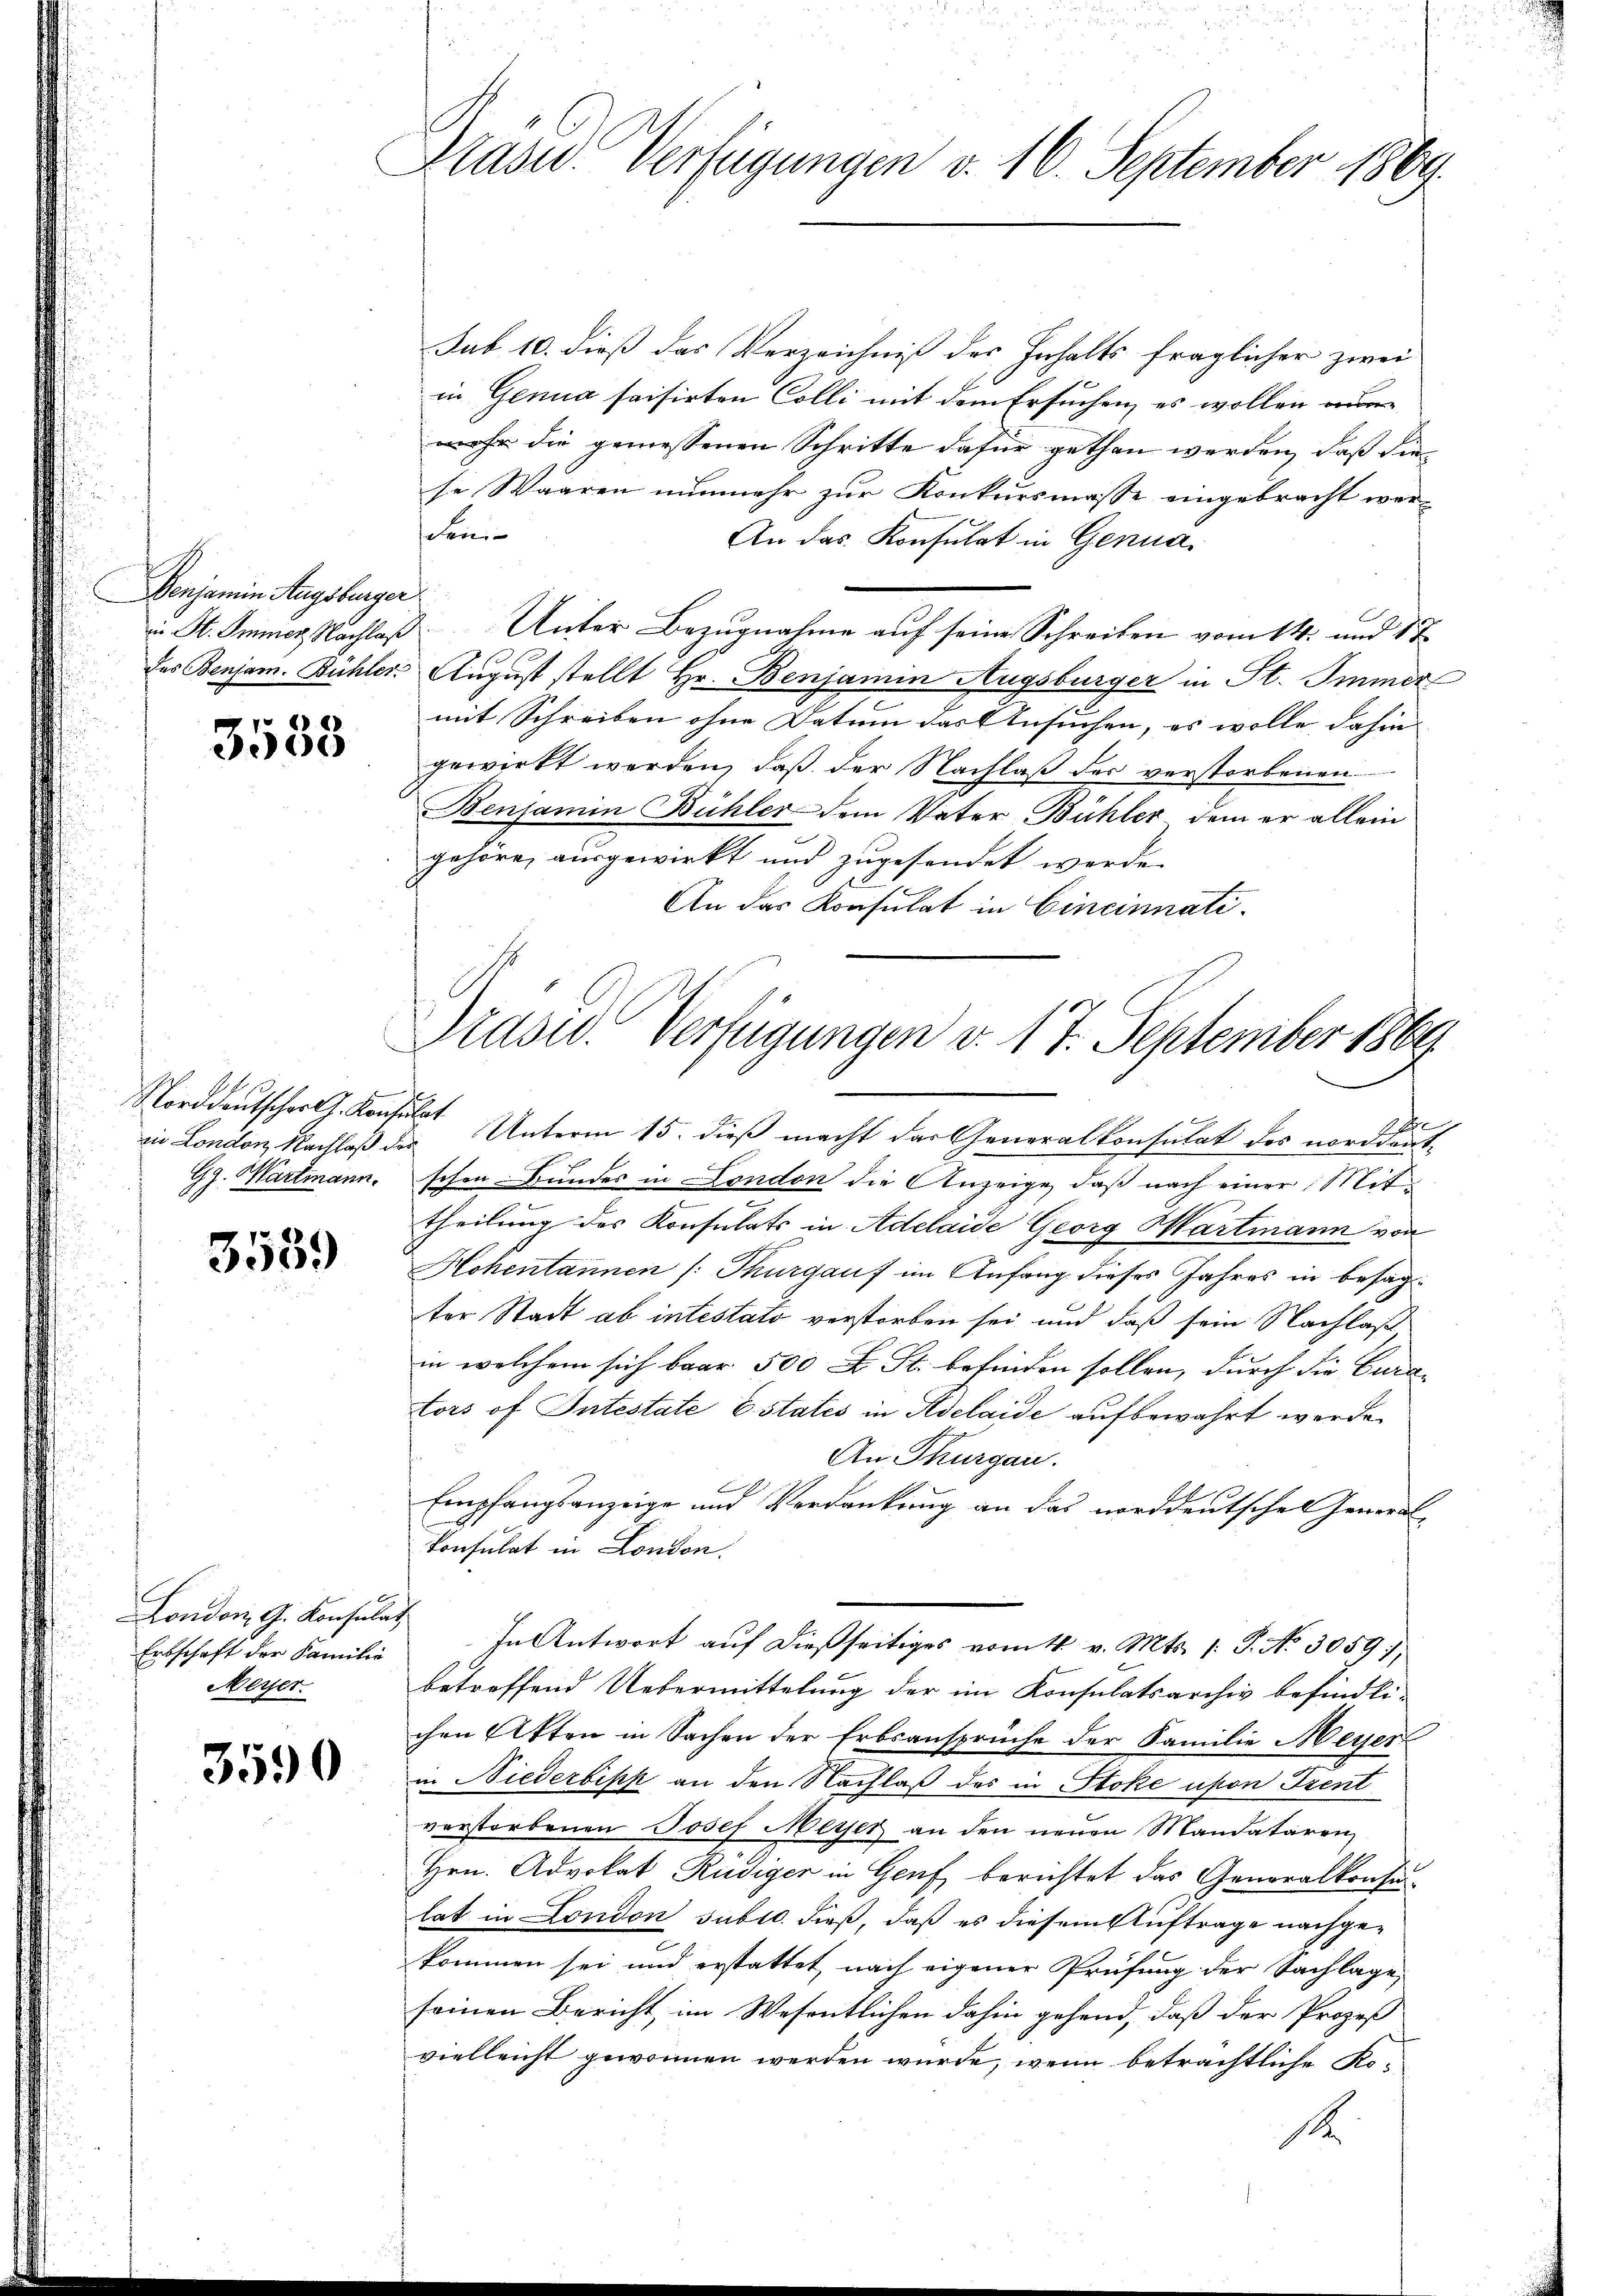
Denjamin Augsburger

7 18)
0

zu London, Nachlaß des

3539

London, G. Konsulat
Erbschaft der Familie
Meyer.

3590

Präsid. Verfügungen d. 16. September 1869.

sub 10. dieß das Verzeichniß des Inhalts fraglicher zwei
in Genua saisirten Colli mit dem Ersuchen, es wollen anmehr die gemessenen Schritte dafür gethan werden, daß die
se Waaren nunmehr zur Konkursmasse eingebracht wer¬
Soni
An das Konsulat in Genua,
in St. Immer Nachlaß Unter Bezugnahme auf seine Schreiben vom 14. und 1 T
des Benjam. Bühler August stellt Hr. Benjamin Augsburger in St. Immer
mit Schreiben ohne Datum das Ansuchen, es wolle dahin |
gewirkt werden, daß der Nachlaß des verstorbenen
Benjamin Bühler dem Vater Bühler, dem er allein
gehöre, ausgewirkt und zugesendet werde.
An das Konsulat in Cincinnati

Präsid. Verfügungen v. 17. September 1869

A
Norddeutschr. Konsulat Unterm 15. dieß macht der Generalkonsulat des norddeut¬
Gg. Wartmann, schon Bundes in London die Anzeige, daß nach einer Mitc
theilung des Konsulats in Adelaide Georg Hartmann von
Hohentannen (: Thurgauf im Anfang dieses Jahres in besagter Stadt ab intestato verstorben sei und daß sein Nachlaß,
in welchem sich baar 500 x St. befinden sollen, durch die Curators of Intestate Estatis in Adelaide aufbewahrt werde.
An Thurgau.
Empfangsanzeige und Verdankung an das norddeutschen General-
konsulat in London.
In Antwort auf dießseitiges vom 4. v. Mts. /: P. No. 3059),
betreffend Uebermittelung der im Konsulatsarchiv befindli-
chen Akten in Sachen der Erbsansprüche der Familie Meyer
in Niederbis an den Nachlaß des in Stoke upon Tient
verstorbenen Josef Meyer an den neuen Mandataren,
Hrn. Advokat Rüdiger in Genf berichtet das Generalkonsunlat in London suble. dieß, daß es diesem Auftrage nachgekommen sei und erstattet, nach eigener Prüfung der Nachlage
seinen Bericht, im Wesentlichen dahin gehend, daß der Prozeß
vielleicht gewonnen werden würde, wenn beträchtliche Ro¬
1